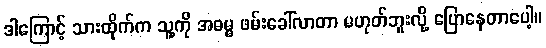
ဒါကြောင့် သားထိုက်က သူ့ကို အဓမ္မ ဖမ်းခေါ်လာတာ မဟုတ်ဘူးလို့ ပြောနေတာပေါ့။